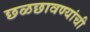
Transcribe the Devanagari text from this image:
छळछावण्यांची